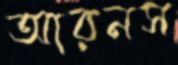
আরনস